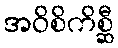
အဝိစိကိစ္ဆီ